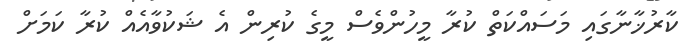
ކާރުޚާނާގައި މަސައްކަތް ކުރާ މީހުންވެސް މީގެ ކުރިން އެ ޝަކުވާއެއް ކުރާ ކަމަށް